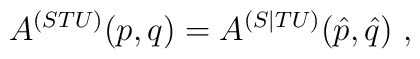
A^{(STU)}(p,q)= A^{(S | TU)} (\hat p, \hat q) \ ,